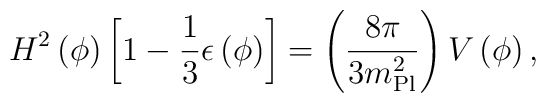
H^2\left(\phi\right) \left[1 - {1\over 3} \epsilon\left(\phi\right)\right] = \left({8 \pi  \over 3 m_{\rm Pl}^2}\right) V\left(\phi\right),